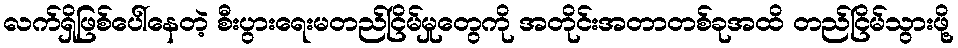
လက်ရှိဖြစ်ပေါ်နေတဲ့ စီးပွားရေးမတည်ငြိမ်မှုတွေကို အတိုင်းအတာတစ်ခုအထိ တည်ငြိမ်သွားဖို့